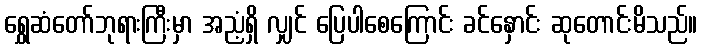
ရွှေဆံတော်ဘုရားကြီးမှာ အညံ့ရှိ လျှင် ပြေပါစေကြောင်း ခင်နှောင်း ဆုတောင်းမိသည်။